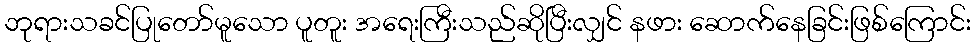
ဘုရားသခင်ပြုတော်မူသော ပူတူး အရေးကြီးသည်ဆိုပြီးလျှင် နဖား ဆောက်နေခြင်းဖြစ်ကြောင်း